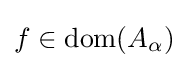
f\in \operatorname {dom} (A_{\alpha })